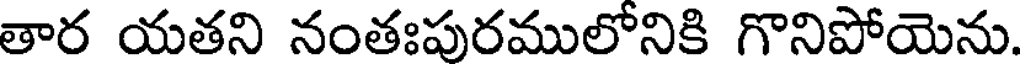
తార యతని నంతఃపురములోనికి గొనిపోయెను.